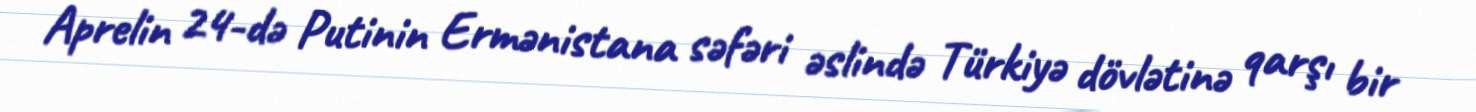
Aprelin 24-də Putinin Ermənistana səfəri əslində Türkiyə dövlətinə qarşı bir